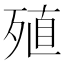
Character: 殖